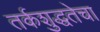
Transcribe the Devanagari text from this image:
तर्कशुद्धतेचा